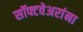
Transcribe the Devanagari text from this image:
सॉफ्टवेअरांना